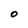
Character: O